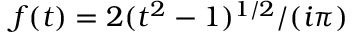
f ( t ) = 2 ( t ^ { 2 } - 1 ) ^ { 1 / 2 } / ( i \pi )